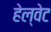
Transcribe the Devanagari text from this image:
हेल्वेट